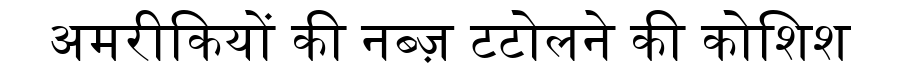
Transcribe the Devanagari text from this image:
अमरीकियों की नब्ज़ टटोलने की कोशिश